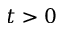
t > 0